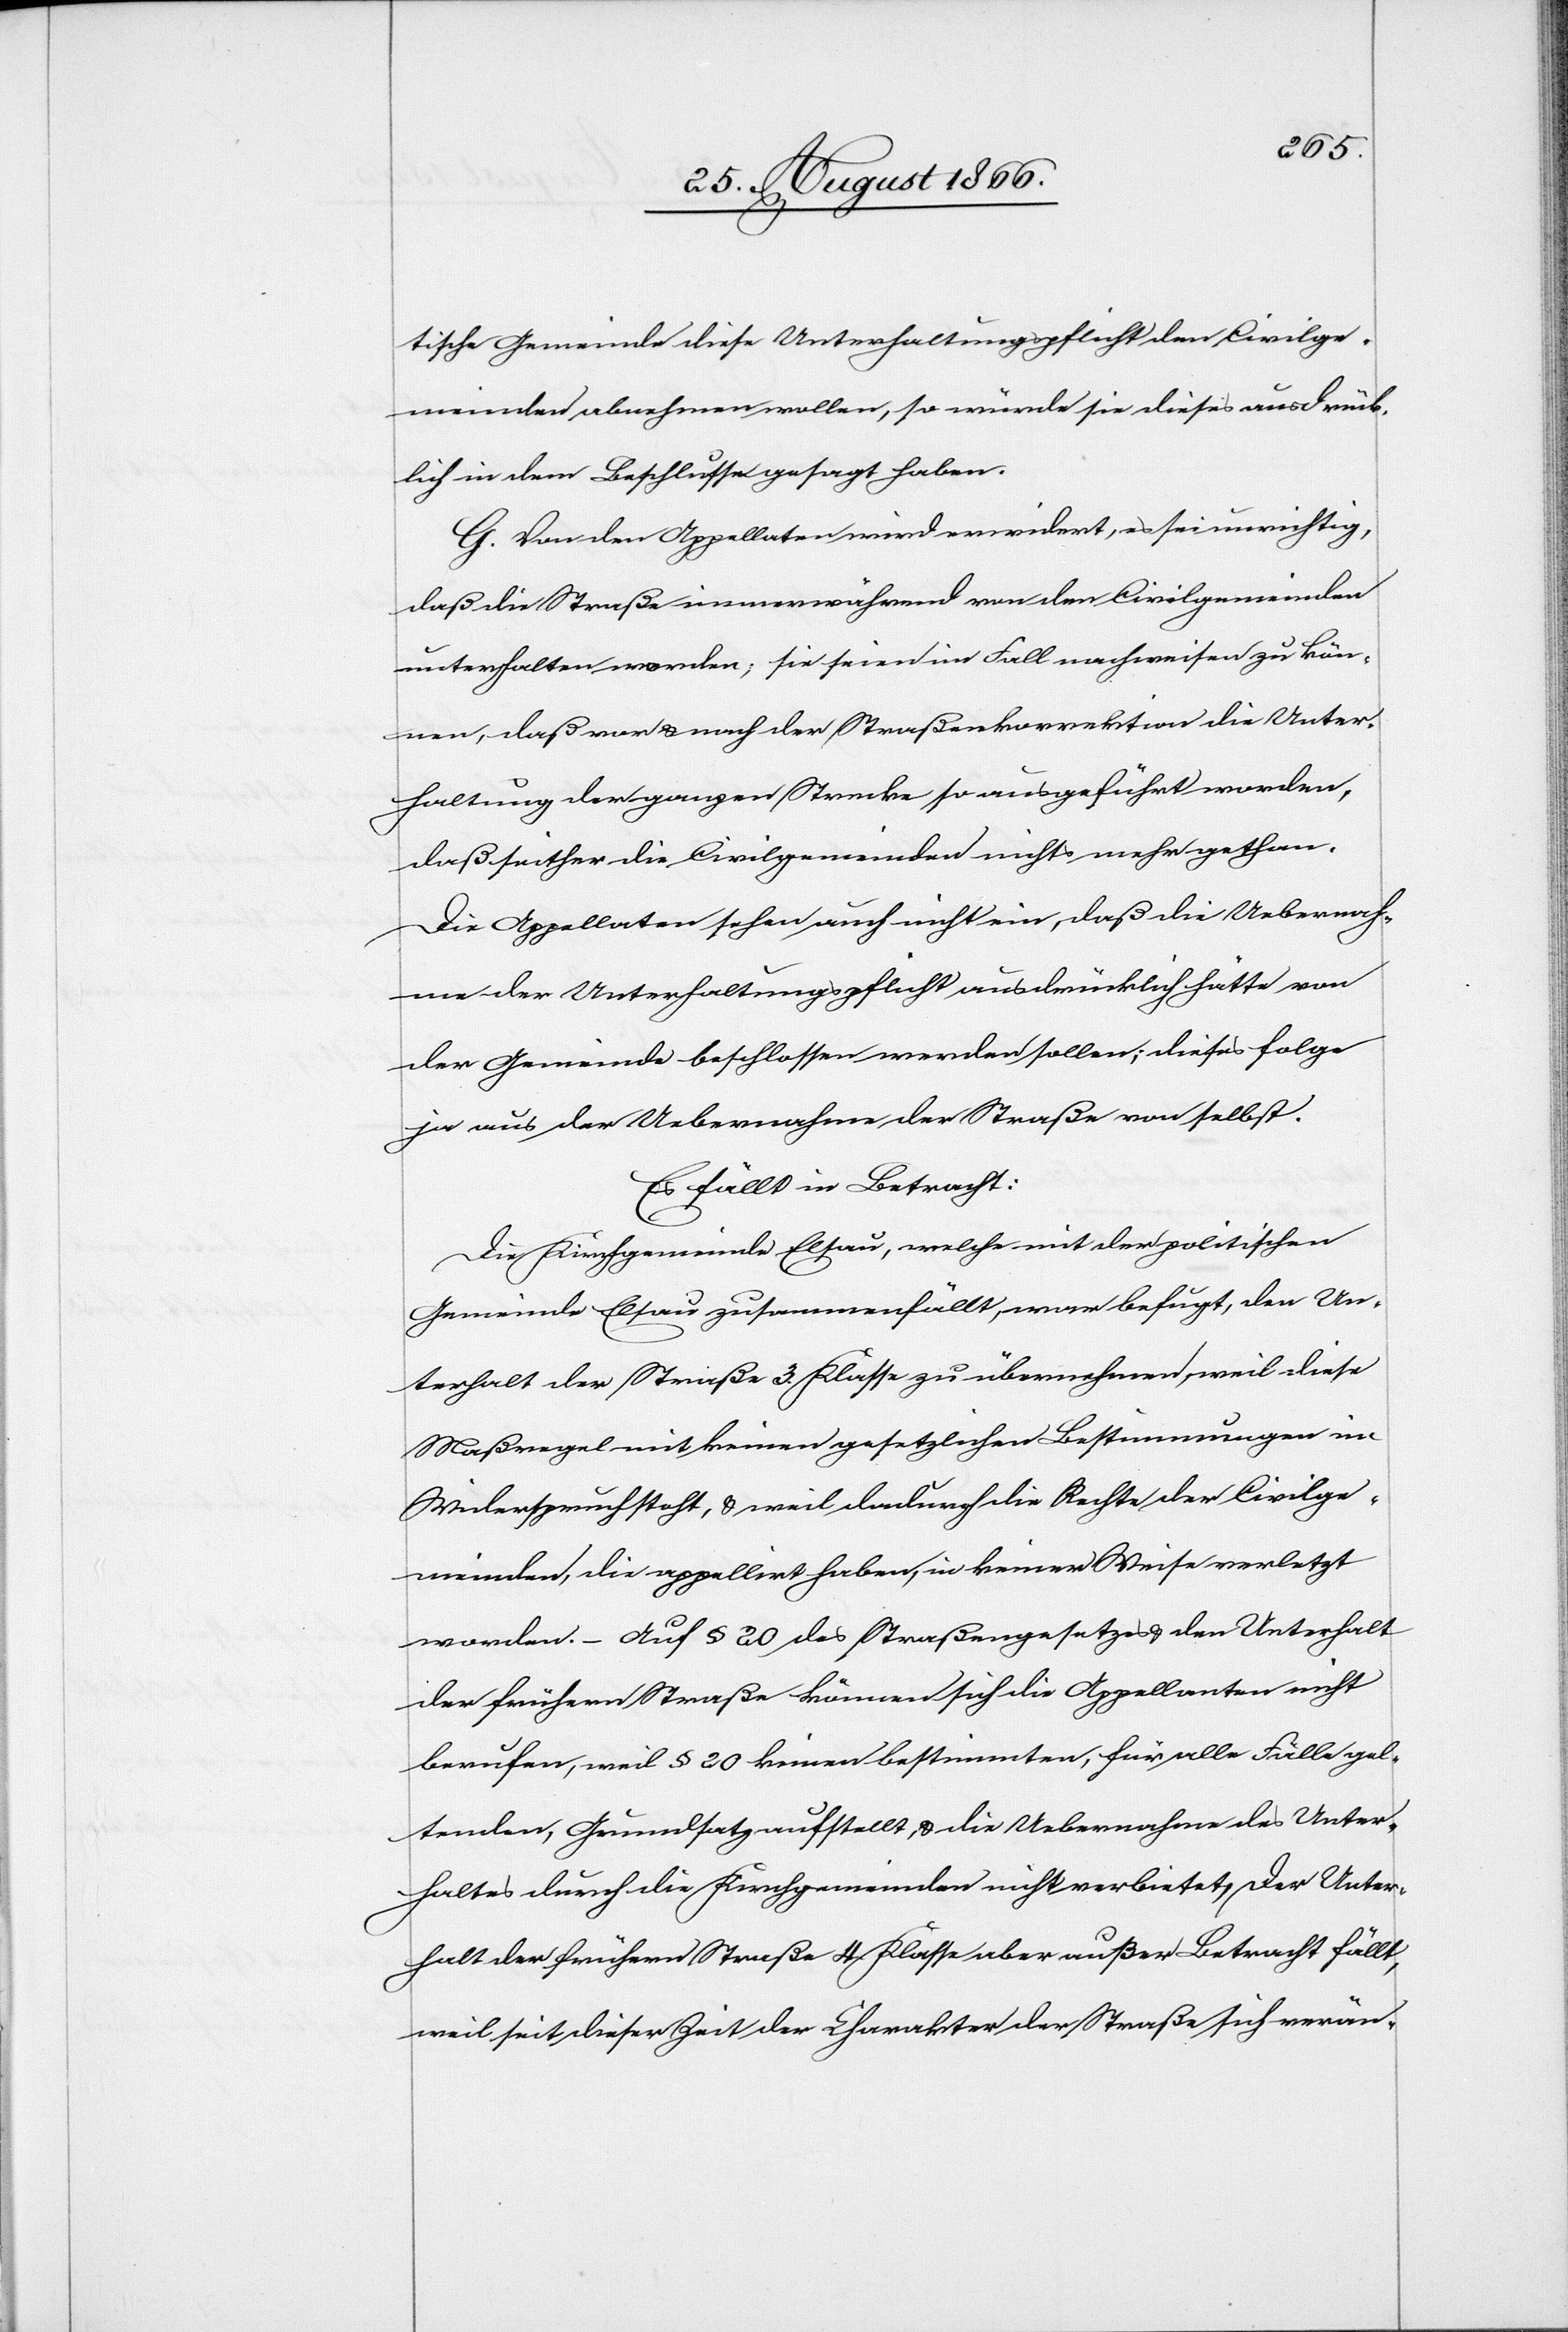
tische Gemeinde diese Unterhaltungspflicht den Civilge¬
meinden abnehmen wollen, so würde sie dieses ausdrück¬
lich in dem Beschlusse gesagt haben.
G. Von den Appellaten wird erwiedert, es sei unrichtig,
daß die Straße immerwährend von den Civilgemeinden
unterhalten worden, sie seien im Fall nachweisen zu kön¬
nen, daß vor u. nach der Straßenkorrektion die Unter¬
haltung der ganzen Strecke so ausgeführt worden,
daß seither die Civilgemeinde nichts mehr gethan.
Die Appellaten sehen auch nicht ein, daß die Uebernah¬
me der Unterhaltungspflicht ausdrücklich hätte von
der Gemeinde beschlossen werden sollen; dieses folge
ja aus der Uebernahme der Straße von selbst.
Es fällt in Betracht:
Die Kirchgemeinde Elsau, welche mit der politischen
Gemeinde Elsau zusammenfällt, war befugt, den Un¬
terhalt der Straße 3. Klasse zu übernehmen, weil diese
Maßregel mit keinen gesetzlichen Bestimmungen in
Widerspruch steht, u. weil dadurch die Rechte der Civilge¬
meinden, die appellirt haben, in keiner Weise verletzt
worden. – Auf § 20 des Straßengesetzes u. den Unterhalt
der frühern Straße können sich die Appellanten nicht
berufen, weil § 20 keinen bestimmten, für alle Fälle gel¬
tenden, Grundsatz aufstellt u. die Uebernahme des Unter¬
haltes durch die Kirchgemeinden nicht verbietet, der Unter¬
halt der frühern Straße 4. Klasse aber außer Betracht fällt,
weil seit dieser Zeit der Charakter der Straße sich verän-